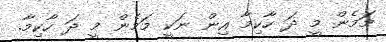
މަމެން މީ ދަ ހާކިމާ އިން ނަކީ މަމެން މީ ދަ ހާކިމާ.